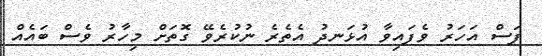
ފަސް އަހަރު ވެފައިވާ އުޅަނދު އެތެރެ ނުކުރެވޭ ގޮތަށް މިހާރު ވެސް ބައެއް